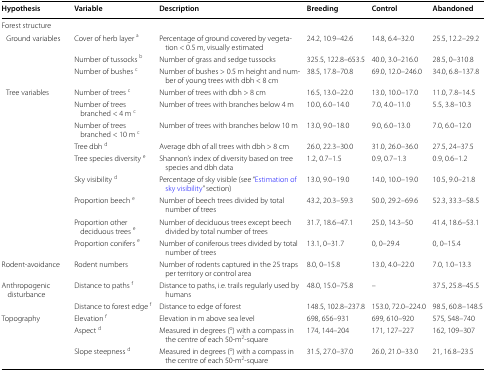
<table><thead><tr><td><b>Hypothesis</b></td><td><b>Variable</b></td><td><b>Description</b></td><td><b>Breeding</b></td><td><b>Control</b></td><td><b>Abandoned</b></td></tr></thead><tbody><tr><td colspan="6">Forest structure</td></tr><tr><td> Ground variables</td><td>Cover of herb layer <sup>a</sup></td><td>Percentage of ground covered by vegetation &lt; 0.5 m, visually estimated</td><td>24.2, 10.9–42.6</td><td>14.8, 6.4–32.0</td><td>25.5, 12.2–29.2</td></tr><tr><td></td><td>Number of tussocks <sup>b</sup></td><td>Number of grass and sedge tussocks</td><td>325.5, 122.8–653.5</td><td>40.0, 3.0–216.0</td><td>28.5, 0–310.8</td></tr><tr><td></td><td>Number of bushes <sup>c</sup></td><td>Number of bushes &gt; 0.5 m height and number of young trees with dbh &lt; 8 cm</td><td>38.5, 17.8–70.8</td><td>69.0, 12.0–246.0</td><td>34.0, 6.8–137.8</td></tr><tr><td> Tree variables</td><td>Number of trees <sup>c</sup></td><td>Number of trees with dbh &gt; 8 cm</td><td>16.5, 13.0–22.0</td><td>13.0, 10.0–17.0</td><td>11.0, 7.8–14.5</td></tr><tr><td></td><td>Number of trees branched &lt; 4 m <sup>c</sup></td><td>Number of trees with branches below 4 m</td><td>10.0, 6.0–14.0</td><td>7.0, 4.0–11.0</td><td>5.5, 3.8–10.3</td></tr><tr><td></td><td>Number of trees branched &lt; 10 m <sup>c</sup></td><td>Number of trees with branches below 10 m</td><td>13.0, 9.0–18.0</td><td>9.0, 6.0–13.0</td><td>7.0, 6.0–12.0</td></tr><tr><td></td><td>Tree dbh <sup>d</sup></td><td>Average dbh of all trees with dbh &gt; 8 cm</td><td>26.0, 22.3–30.0</td><td>31.0, 26.0–36.0</td><td>27.5, 24–37.5</td></tr><tr><td></td><td>Tree species diversity <sup>e</sup></td><td>Shannon’s index of diversity based on tree species and dbh data</td><td>1.2, 0.7–1.5</td><td>0.9, 0.7–1.3</td><td>0.9, 0.6–1.2</td></tr><tr><td></td><td>Sky visibility <sup>d</sup></td><td>Percentage of sky visible (see “Estimation of sky visibility” section)</td><td>13.0, 9.0–19.0</td><td>14.0, 10.0–19.0</td><td>10.5, 9.0–21.8</td></tr><tr><td></td><td>Proportion beech <sup>e</sup></td><td>Number of beech trees divided by total number of trees</td><td>43.2, 20.3–59.3</td><td>50.0, 29.2–69.6</td><td>52.3, 33.3–58.5</td></tr><tr><td></td><td>Proportion other deciduous trees <sup>e</sup></td><td>Number of deciduous trees except beech divided by total number of trees</td><td>31.7, 18.6–47.1</td><td>25.0, 14.3–50</td><td>41.4, 18.6–53.1</td></tr><tr><td></td><td>Proportion conifers <sup>e</sup></td><td>Number of coniferous trees divided by total number of trees</td><td>13.1, 0–31.7</td><td>0, 0–29.4</td><td>0, 0–15.4</td></tr><tr><td>Rodent-avoidance</td><td>Rodent numbers</td><td>Number of rodents captured in the 25 traps per territory or control area</td><td>8.0, 0–15.8</td><td>13.0, 4.0–22.0</td><td>7.0, 1.0–13.3</td></tr><tr><td>Anthropogenic disturbance</td><td>Distance to paths <sup>f</sup></td><td>Distance to paths, i.e. trails regularly used by humans</td><td>48.0, 15.0–75.8</td><td>–</td><td>37.5, 25.8–45.5</td></tr><tr><td></td><td>Distance to forest edge <sup>f</sup></td><td>Distance to edge of forest</td><td>148.5, 102.8–237.8</td><td>153.0, 72.0–224.0</td><td>98.5, 60.8–148.5</td></tr><tr><td>Topography</td><td>Elevation <sup>f</sup></td><td>Elevation in m above sea level</td><td>698, 656–931</td><td>699, 610–920</td><td>575, 548–740</td></tr><tr><td></td><td>Aspect <sup>d</sup></td><td>Measured in degrees (<sup>o</sup>) with a compass in the centre of each 50-m<sup>2</sup>-square</td><td>174, 144–204</td><td>171, 127–227</td><td>162, 109–307</td></tr><tr><td></td><td>Slope steepness <sup>d</sup></td><td>Measured in degrees (<sup>o</sup>) with a compass in the centre of each 50-m<sup>2</sup>-square</td><td>31.5, 27.0–37.0</td><td>26.0, 21.0–33.0</td><td>21, 16.8–23.5</td></tr></tbody></table>